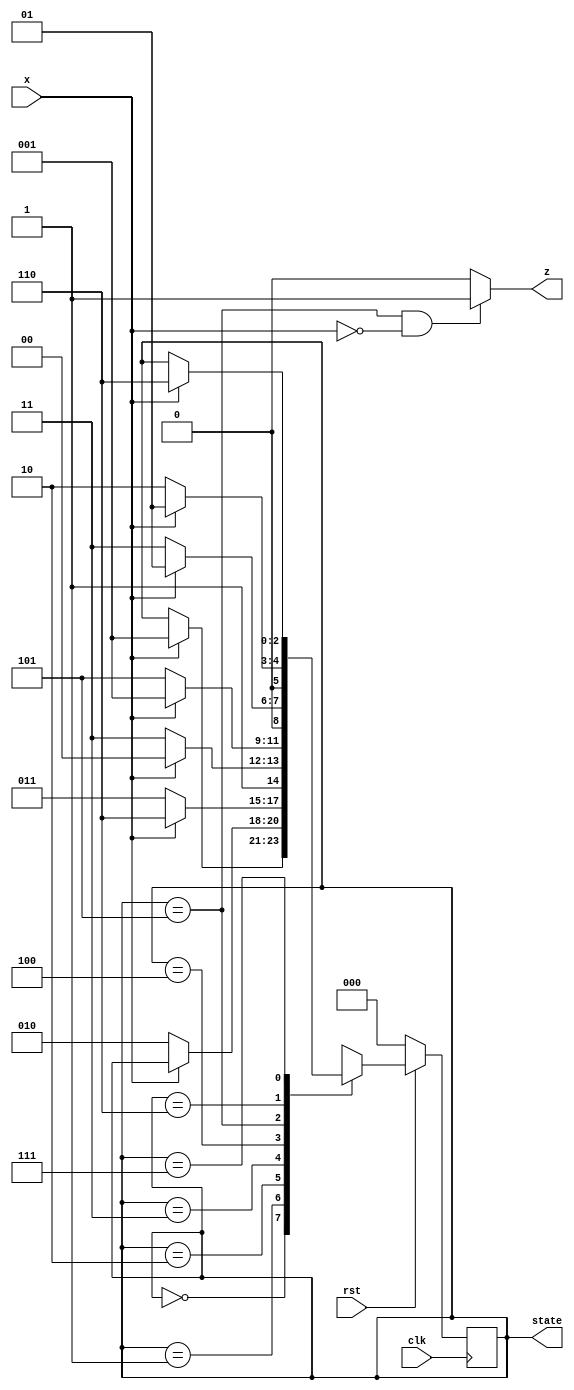
module seqdet(x,z,clk,rst,state);
input  x,clk,rst; 
output z; 
output[2:0] state; 
reg[2:0] state; 
wire z; 

parameter IDLE='d0,  A='d1,  B='d2, 
                     C='d3,  D='d4, 
                     E='d5,  F='d6, 
                     G='d7; 
             
assign  z = ( state==E && x==0 )? 1 : 0;    //x=0E 
                                          //Dx1 
                      //1 state==E && x==0   
always @(posedge clk) 
   if(!rst)
          begin
          state <= IDLE;
          end
   else
          casex(state)
            IDLE : if(x==1)
                       begin
                          state <= A;
                       end
            A:     if(x==0)
                       begin
                          state <= B;
                       end
            B:     if(x==0)
                       begin
                          state <= C;
                       end
                   else    
                       begin
                          state <= F;
                       end
            C:      if(x==1)
                       begin
                          state <= D;
                       end
                    else
                       begin
                          state <= G; 
                       end 
            D:      if(x==0) 
                       begin 
                          state <= E; 
                       end
                    else 
                       begin 
                          state <= A; 
                       end 
            E:      if(x==0) 
                       begin 
                          state <= C; 
                       end 
                    else 
                       begin 
                          state <= A; 
                       end 
            F:      if(x==1) 
                       begin 
                          state <= A; 
                       end 
                    else 
                       begin 
                          state <= B; 
                       end 
            G:      if(x==1)
                       begin 
                          state <= F; 
                       end 
           default:state=IDLE;      //
           endcase 
endmodule